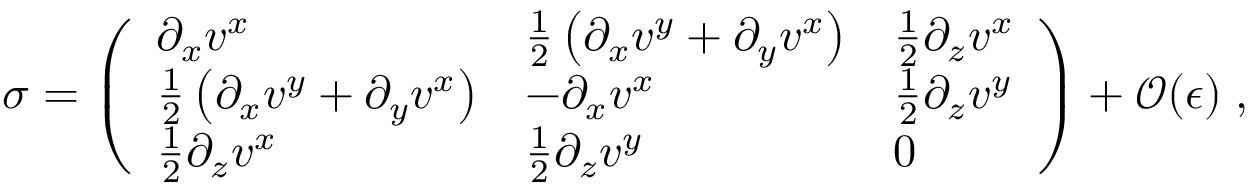
\boldsymbol { \sigma } = \left( \begin{array} { l l l } { \partial _ { x } { v ^ { x } } } & { \frac { 1 } { 2 } \left( \partial _ { x } { v ^ { y } } + \partial _ { y } { v ^ { x } } \right) } & { \frac { 1 } { 2 } \partial _ { z } { v ^ { x } } } \\ { \frac { 1 } { 2 } \left( \partial _ { x } { v ^ { y } } + \partial _ { y } { v ^ { x } } \right) } & { - \partial _ { x } { v ^ { x } } } & { \frac { 1 } { 2 } \partial _ { z } { v ^ { y } } } \\ { \frac { 1 } { 2 } \partial _ { z } { v ^ { x } } } & { \frac { 1 } { 2 } \partial _ { z } { v ^ { y } } } & { 0 } \end{array} \right) + { \mathcal O } ( { \epsilon } ) \; ,